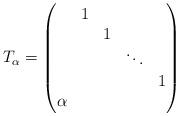
LaTeX: \begin{align*}T_\alpha = \begin{pmatrix} & 1 & & & \\ & & 1 & & \\ & & & \ddots & \\ & & & & 1 \\\alpha & & & & \end{pmatrix}\end{align*}